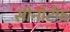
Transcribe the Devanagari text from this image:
सीनोटॅफ